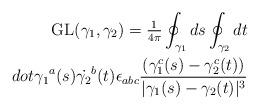
LaTeX: \begin{align*}{\rm GL}(\gamma_1,\gamma_2) = {\textstyle {1\over 4 \pi}}\oint_{\gamma_1} ds \oint_{\gamma_2} dt \\dot{\gamma_1}^a(s) \dot{\gamma_2}^b(t) \epsilon_{abc} {(\gamma_1^c(s) -\gamma_2^c(t)) \over |\gamma_1(s) -\gamma_2(t)|^3}\end{align*}